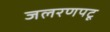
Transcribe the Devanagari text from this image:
जलरणपटू